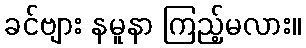
ခင်ဗျား နမူနာ ကြည့်မလား။